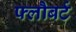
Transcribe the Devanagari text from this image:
फ्लौबर्ट